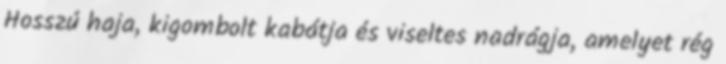
Hosszú haja, kigombolt kabátja és viseltes nadrágja, amelyet rég